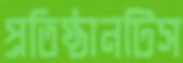
প্রতিষ্ঠানটিস